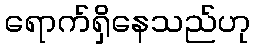
ရောက်ရှိနေသည်ဟု